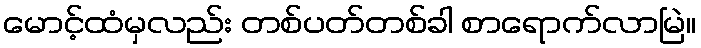
မောင့်ထံမှလည်း တစ်ပတ်တစ်ခါ စာရောက်လာမြဲ။